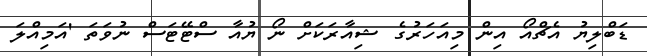
ޑަބްލިޔު އެޗްއޯ އިން މިއަހަރުގެ ޝިއާރަކަށް ނޯ ޔުއާ ސްޓޭޓަސް ނުވަތަ 'އަމިއްލަ